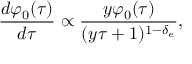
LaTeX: \frac { d \varphi _ { 0 } ( \tau ) } { d \tau } \propto \frac { y \varphi _ { 0 } ( \tau ) } { ( y \tau + 1 ) ^ { 1 - \delta _ { e } } } ,